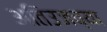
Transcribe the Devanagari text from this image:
अतिउजव्या